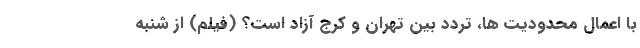
با اعمال محدودیت ها، تردد بین تهران و کرج آزاد است؟ (فیلم) از شنبه